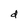
Character: d